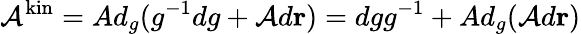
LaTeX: \mathcal{A}^{\mathrm{kin}}=Ad_{g}(g^{-1}dg+\mathcal{A}d\mathbf{r})=dgg^{-1}+Ad_{g}(\mathcal{A}d\mathbf{r})